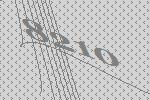
8210